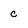
Character: c